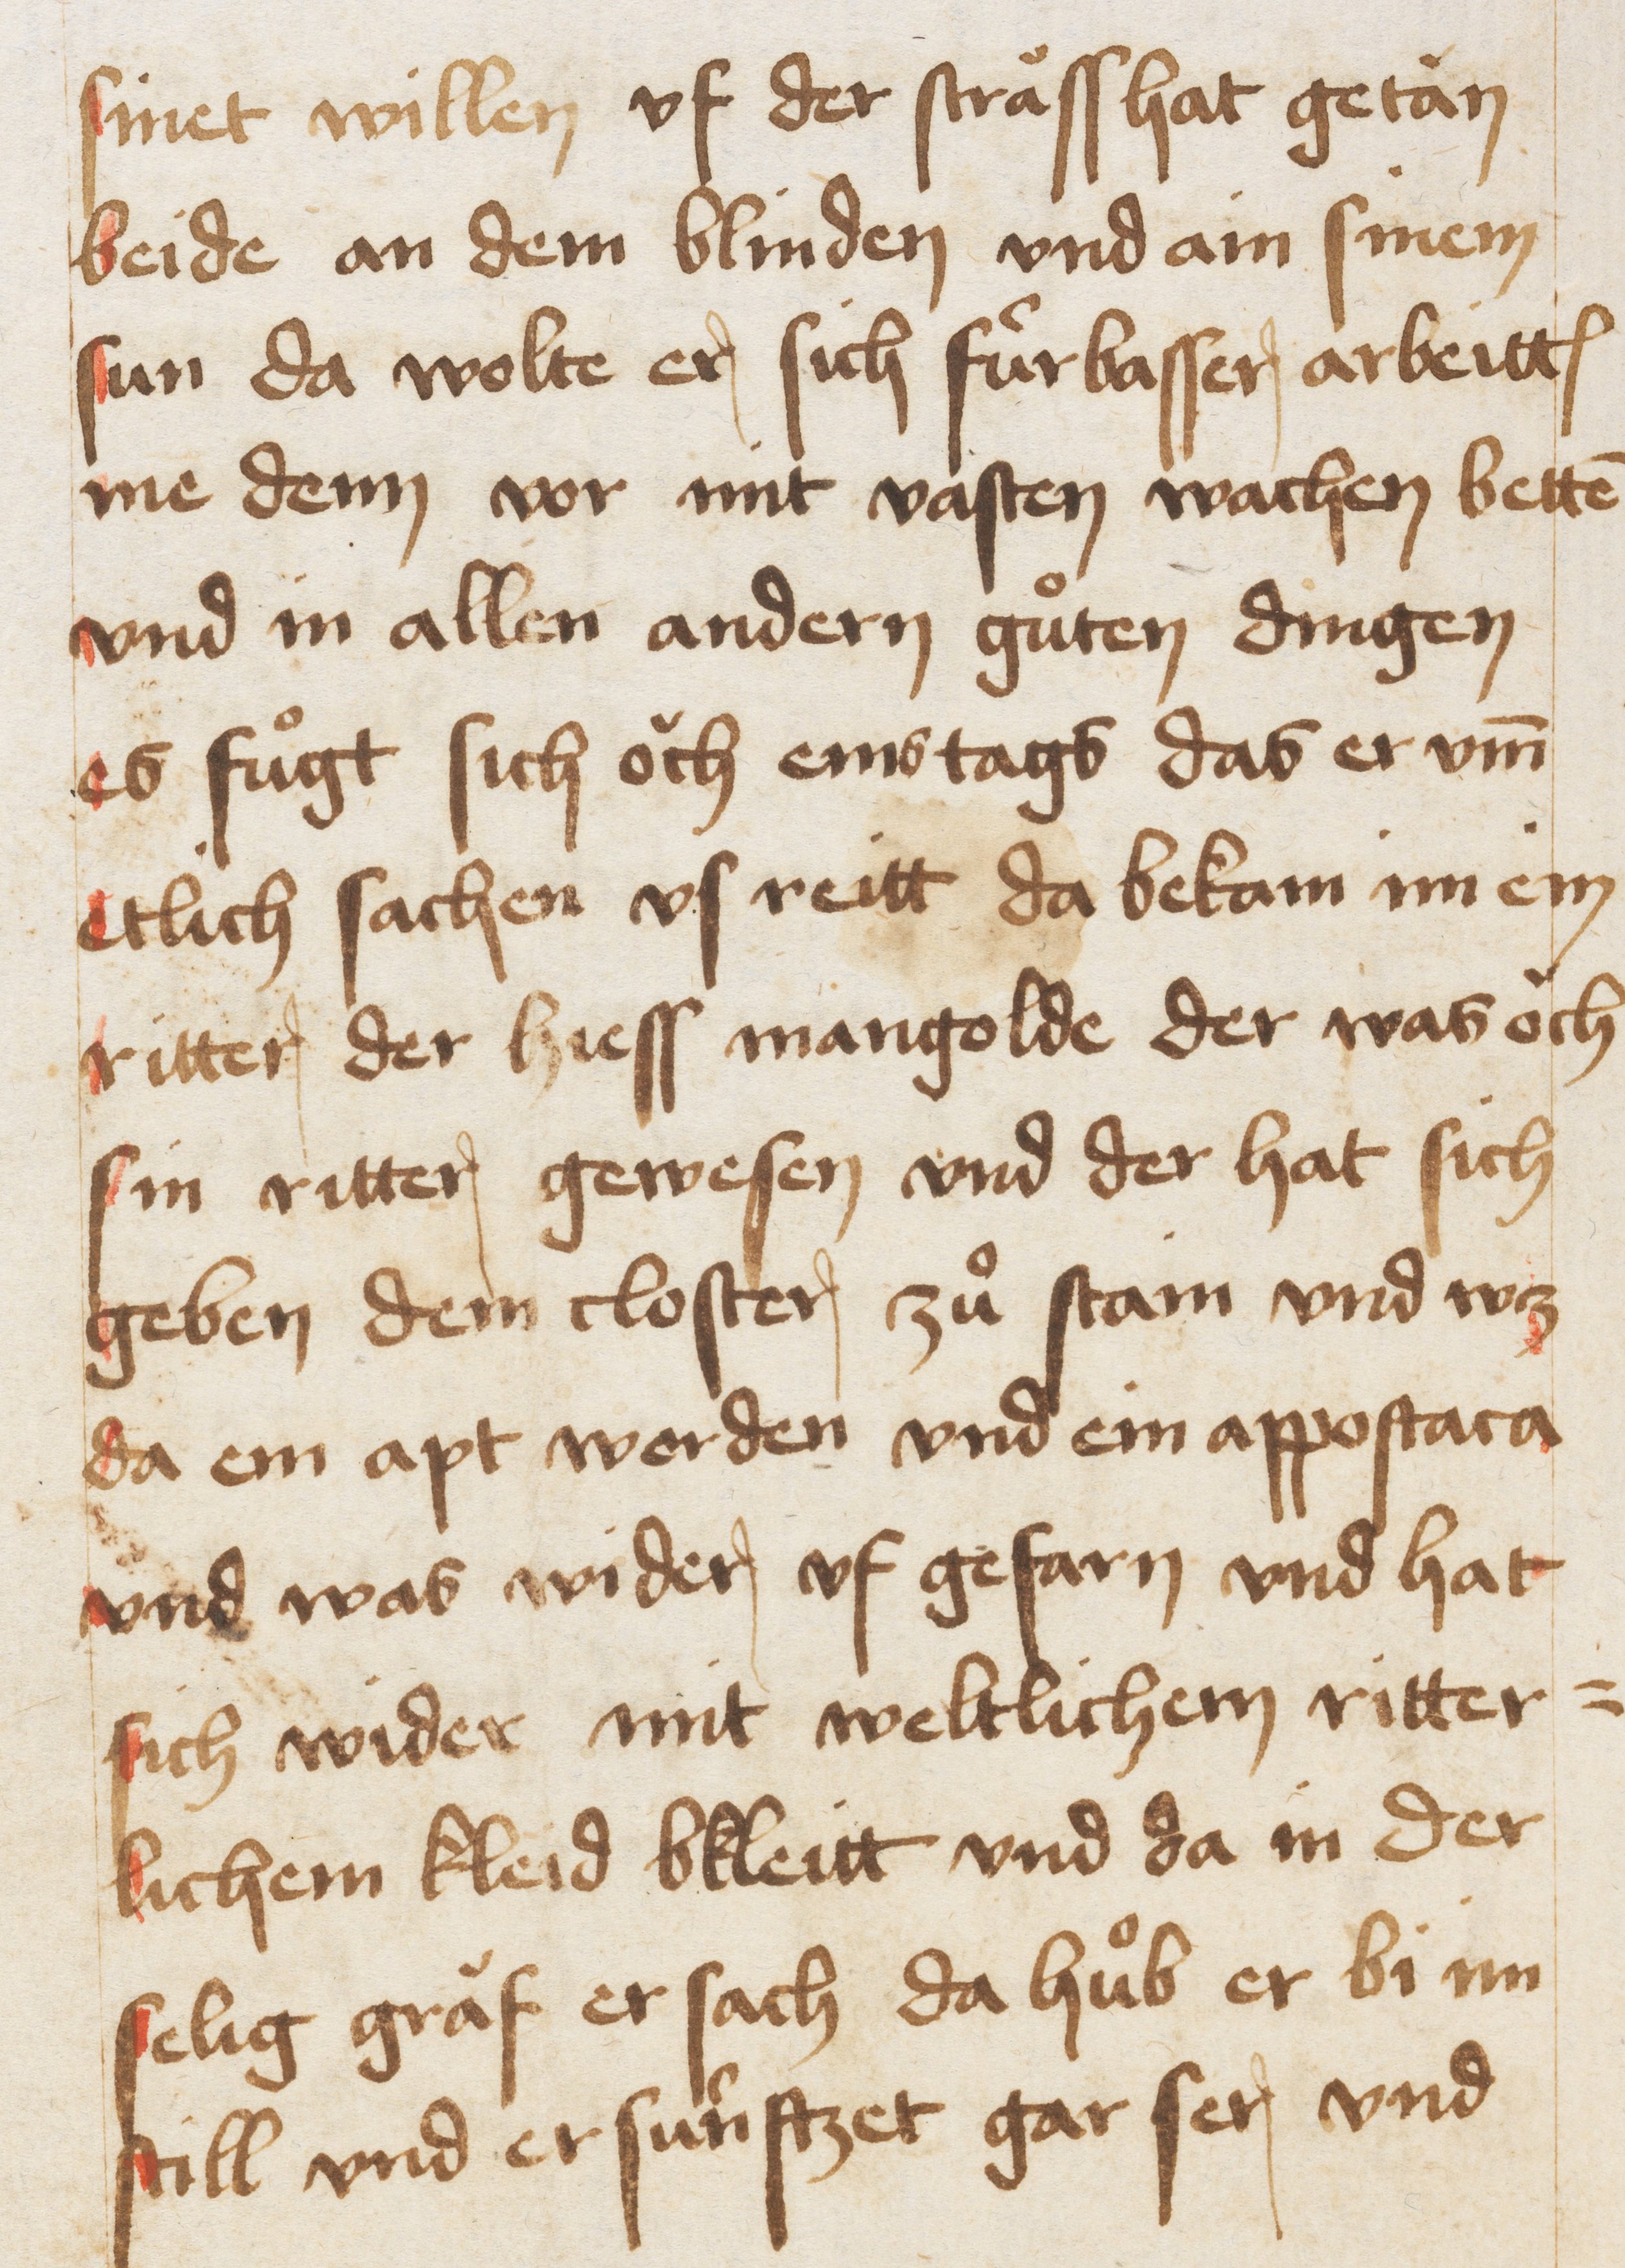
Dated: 1467–1467